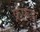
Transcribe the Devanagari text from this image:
फ़ेफ़डे